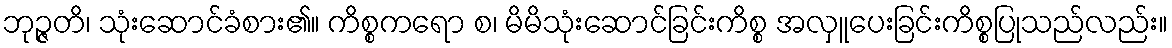
ဘုဉ္ဇတိ၊ သုံးဆောင်ခံစား၏။ ကိစ္စကရော စ၊ မိမိသုံးဆောင်ခြင်းကိစ္စ အလှူပေးခြင်းကိစ္စပြုသည်လည်း။